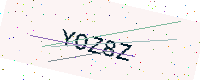
Text: YOZ8Z